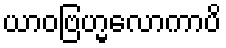
ယာဝဗြဟ္မလောကာပိ